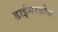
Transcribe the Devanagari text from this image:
डाईमरब्रोक